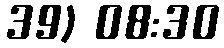
39) 08:30